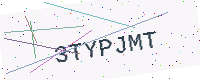
Text: 3TYPJMT